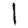
Digit: 1